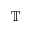
\mathbb { T }